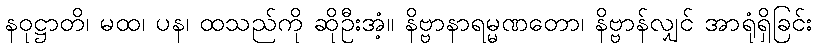
နဝုဋ္ဌာတိ၊ မထ၊ ပန၊ ထသည်ကို ဆိုဦးအံ့။ နိဗ္ဗာနာရမ္မဏတော၊ နိဗ္ဗာန်လျှင် အာရုံရှိခြင်း